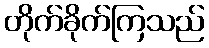
တိုက်ခိုက်ကြသည်